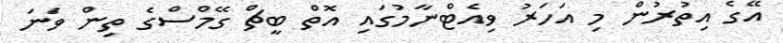
އޭގެ އިތުރުން މި އަހަރު ވިއެޓްނާމުގައި އޮތް ބީޗް ގޭމްސްގެ ތިން ވަނަ